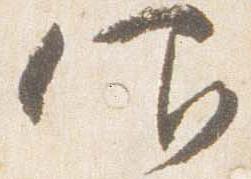
仰